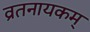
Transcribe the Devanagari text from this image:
व्रतनायकम्